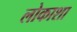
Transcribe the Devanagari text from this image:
लोकाशा